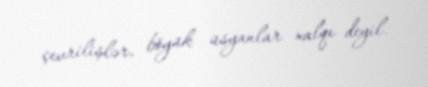
çevrilişlər, böyük üsyanlar xalqı deyil.